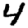
Digit: 4